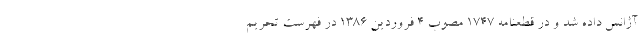
آژانس داده شد و در قطعنامه ١٧٤٧ مصوب ٤ فروردین ١٣٨٦ در فهرست تحریم